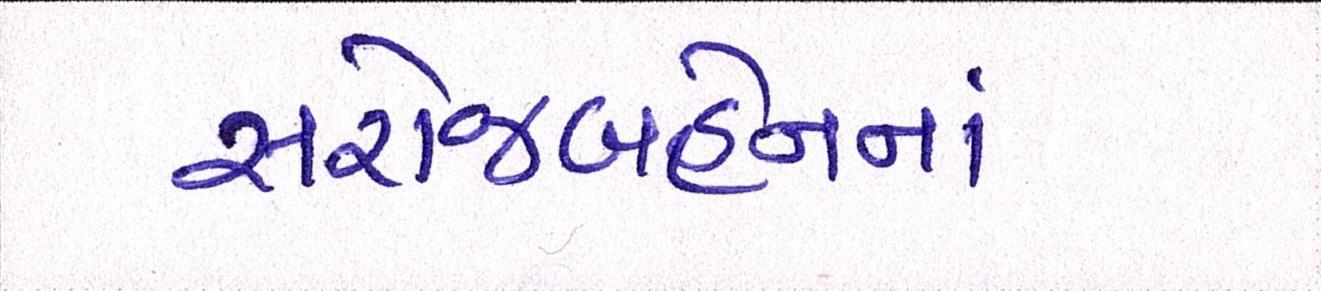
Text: સરોજબહેનનાં